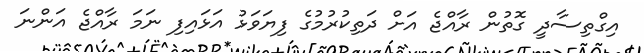
އިގްތިސާދީ ގޮތުން ރާއްޖެ އަށް ދަތިކުރުމުގެ ފިޔަވަޅު އަޅައިފި ނަމަ ރާއްޖެ އަންނަ